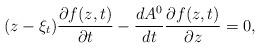
LaTeX: \begin{align*}(z-\xi_t)\frac{\partial f(z,t)}{\partial t}-\frac{d A^0}{dt}\frac{\partial f(z,t)}{\partial z}=0,\end{align*}